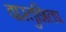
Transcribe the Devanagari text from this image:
वास्तुशिलप